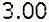
3.00